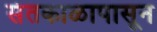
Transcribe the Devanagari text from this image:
संतकाळापासून